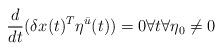
LaTeX: \begin{align*}\frac{d}{dt}(\delta x(t)^T \eta^{\bar{u}}(t)) = 0\forall t \forall \eta_0 \neq 0\end{align*}